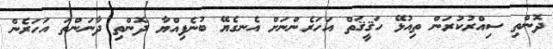
ދޮންތި ސިއްރުކުރަން ތިއުޅޭ ހަޤީޤަތް އަހަރެންނަށް އެނގެޔޭ ބުނެފިއްޔާ ދޮންތި ދާނަންތަ އަހަރެން